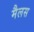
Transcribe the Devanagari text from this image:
मैलस